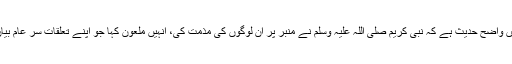
اس بارے میں واضح حدیث ہے کہ نبی کریم صلی اللہ علیہ وسلم نے منبر پر ان لوگوں کی مذمت کی، انہیں ملعون کہا جو اپنے تعلقات سر عام بیان کرتے ہیں۔